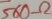
Text: 560Ω